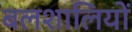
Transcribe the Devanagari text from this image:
बलशालियों